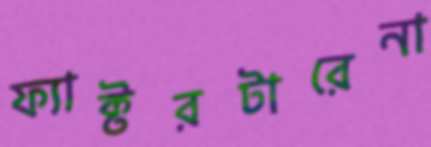
ফ্যাক্টরটারেনা